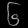
Digit: ၆